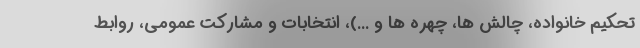
تحکیم خانواده، چالش ها، چهره ها و ...)، انتخابات و مشارکت عمومی، روابط